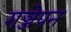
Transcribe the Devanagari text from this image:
गञ्जेपन